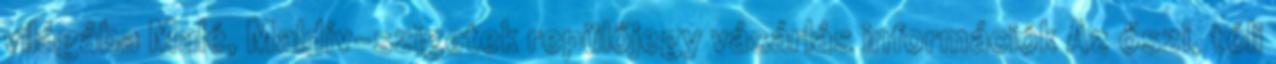
világába Malé, Maldív-szigetek repülőjegy vásárlás információk Az őszi, téli